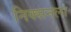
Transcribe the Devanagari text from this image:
निक्सनला